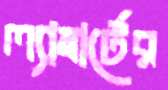
ল্যাম্বার্টের